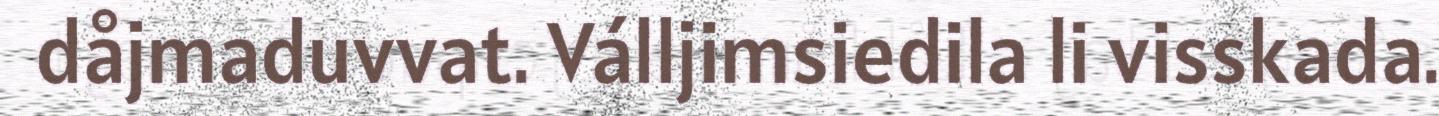
dåjmaduvvat. Válljimsiedila li visskada.